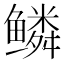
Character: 鳞